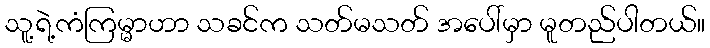
သူ့ရဲ့ကံကြမ္မာဟာ သခင်က သတ်မသတ် အပေါ်မှာ မူတည်ပါတယ်။